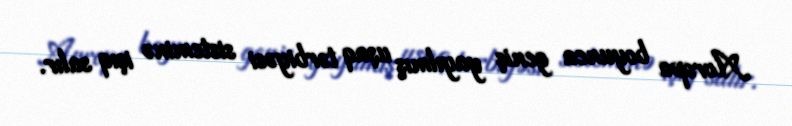
Avropa boyunca geniş yayılmış uşaq tərbiyəsi sisteminə işıq salır.